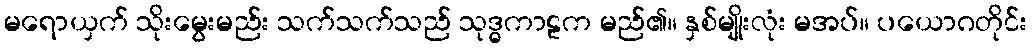
မရောယှက် သိုးမွေးမည်း သက်သက်သည် သုဒ္ဓကာဠက မည်၏။ နှစ်မျိုးလုံး မအပ်။ ပယောဂတိုင်း